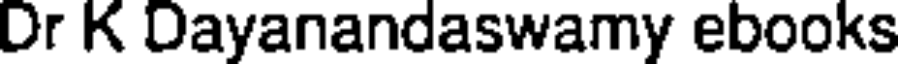
Dr K Dayanandaswamy ebooks